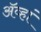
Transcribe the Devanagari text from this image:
अॅव्हां